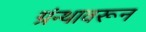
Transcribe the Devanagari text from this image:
ग्रंन्थावरून